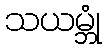
သယမ္ဘုံ